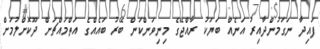
ފައިދާ ނަގަމުންދާއިރު އަނެއް ބަޔަކު ރާއްޖޭގެ މިނިވަންކަން ބޭރު ބައެއްގެ އަތްމައްޗަށް ދޫކޮށްލުމަށް